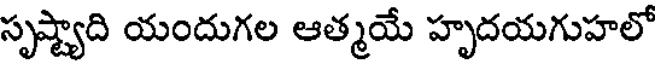
సృష్ట్యాది యందుగల ఆత్మయే హృదయగుహలో